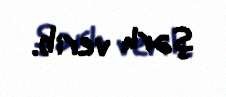
şərh verib.